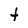
Character: f